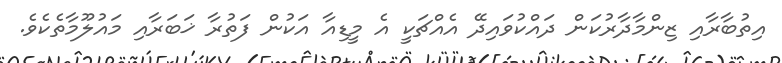
އިތުބާރާއި ޒިންމާދާރުކަން ދައްކުވައިދޭ އެއްޗަކީ އެ މީޑިއާ އަކުން ފަތުރާ ޚަބަރާއި މައުލޫމާތެކެވެ.